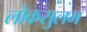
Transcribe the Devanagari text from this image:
लोकसुलभ